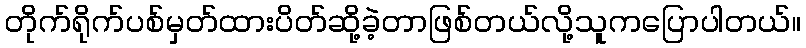
တိုက်ရိုက်ပစ်မှတ်ထားပိတ်ဆို့ခဲ့တာဖြစ်တယ်လို့သူကပြောပါတယ်။